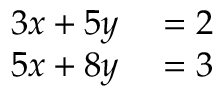
\begin{array} { r l } { 3 x + 5 y } & { { } = 2 } \\ { 5 x + 8 y } & { { } = 3 } \end{array}